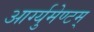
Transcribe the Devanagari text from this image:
आर्ग्युमेण्टम्